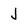
Character: J